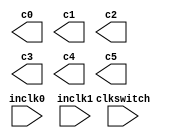
// megafunction wizard: %ALTPLL%VBB%
// GENERATION: STANDARD
// VERSION: WM1.0
// MODULE: altpll 

// ============================================================
// Megafunction Name(s):
// 			altpll
//
// Simulation Library Files(s):
// 			altera_mf
// ============================================================
// ************************************************************
// THIS IS A WIZARD-GENERATED FILE. DO NOT EDIT THIS FILE!
//
// 11.1 Build 259 01/25/2012 SP 2.11 SJ Full Version
// ************************************************************

//Copyright (C) 1991-2011 Altera Corporation
//Your use of Altera Corporation's design tools, logic functions 
//and other software and tools, and its AMPP partner logic 
//functions, and any output files from any of the foregoing 
//(including device programming or simulation files), and any 
//associated documentation or information are expressly subject 
//to the terms and conditions of the Altera Program License 
//Subscription Agreement, Altera MegaCore Function License 
//Agreement, or other applicable license agreement, including, 
//without limitation, that your use is for the sole purpose of 
//programming logic devices manufactured by Altera and sold by 
//Altera or its authorized distributors.  Please refer to the 
//applicable agreement for further details.

module GlobalPll (
	clkswitch,
	inclk0,
	inclk1,
	c0,
	c1,
	c2,
	c3,
	c4,
	c5);

	input	  clkswitch;
	input	  inclk0;
	input	  inclk1;
	output	  c0;
	output	  c1;
	output	  c2;
	output	  c3;
	output	  c4;
	output	  c5;
`ifndef ALTERA_RESERVED_QIS
// synopsys translate_off
`endif
	tri0	  clkswitch;
`ifndef ALTERA_RESERVED_QIS
// synopsys translate_on
`endif

endmodule

// ============================================================
// CNX file retrieval info
// ============================================================
// Retrieval info: PRIVATE: ACTIVECLK_CHECK STRING "0"
// Retrieval info: PRIVATE: BANDWIDTH STRING "1.000"
// Retrieval info: PRIVATE: BANDWIDTH_FEATURE_ENABLED STRING "1"
// Retrieval info: PRIVATE: BANDWIDTH_FREQ_UNIT STRING "MHz"
// Retrieval info: PRIVATE: BANDWIDTH_PRESET STRING "High"
// Retrieval info: PRIVATE: BANDWIDTH_USE_AUTO STRING "0"
// Retrieval info: PRIVATE: BANDWIDTH_USE_CUSTOM STRING "0"
// Retrieval info: PRIVATE: BANDWIDTH_USE_PRESET STRING "1"
// Retrieval info: PRIVATE: CLKBAD_SWITCHOVER_CHECK STRING "0"
// Retrieval info: PRIVATE: CLKLOSS_CHECK STRING "0"
// Retrieval info: PRIVATE: CLKSWITCH_CHECK STRING "0"
// Retrieval info: PRIVATE: CNX_NO_COMPENSATE_RADIO STRING "0"
// Retrieval info: PRIVATE: CREATE_CLKBAD_CHECK STRING "0"
// Retrieval info: PRIVATE: CREATE_INCLK1_CHECK STRING "1"
// Retrieval info: PRIVATE: CUR_DEDICATED_CLK STRING "c0"
// Retrieval info: PRIVATE: CUR_FBIN_CLK STRING "c0"
// Retrieval info: PRIVATE: DEVICE_SPEED_GRADE STRING "6"
// Retrieval info: PRIVATE: DIV_FACTOR0 NUMERIC "1"
// Retrieval info: PRIVATE: DIV_FACTOR1 NUMERIC "1"
// Retrieval info: PRIVATE: DIV_FACTOR2 NUMERIC "1"
// Retrieval info: PRIVATE: DIV_FACTOR3 NUMERIC "1"
// Retrieval info: PRIVATE: DIV_FACTOR4 NUMERIC "1"
// Retrieval info: PRIVATE: DIV_FACTOR5 NUMERIC "1"
// Retrieval info: PRIVATE: DUTY_CYCLE0 STRING "50.00000000"
// Retrieval info: PRIVATE: DUTY_CYCLE1 STRING "50.00000000"
// Retrieval info: PRIVATE: DUTY_CYCLE2 STRING "50.00000000"
// Retrieval info: PRIVATE: DUTY_CYCLE3 STRING "50.00000000"
// Retrieval info: PRIVATE: DUTY_CYCLE4 STRING "50.00000000"
// Retrieval info: PRIVATE: DUTY_CYCLE5 STRING "50.00000000"
// Retrieval info: PRIVATE: EFF_OUTPUT_FREQ_VALUE0 STRING "60.000000"
// Retrieval info: PRIVATE: EFF_OUTPUT_FREQ_VALUE1 STRING "40.000000"
// Retrieval info: PRIVATE: EFF_OUTPUT_FREQ_VALUE2 STRING "40.000000"
// Retrieval info: PRIVATE: EFF_OUTPUT_FREQ_VALUE3 STRING "25.000000"
// Retrieval info: PRIVATE: EFF_OUTPUT_FREQ_VALUE4 STRING "10.000000"
// Retrieval info: PRIVATE: EFF_OUTPUT_FREQ_VALUE5 STRING "1.200000"
// Retrieval info: PRIVATE: EXPLICIT_SWITCHOVER_COUNTER STRING "0"
// Retrieval info: PRIVATE: EXT_FEEDBACK_RADIO STRING "0"
// Retrieval info: PRIVATE: GLOCKED_COUNTER_EDIT_CHANGED STRING "1"
// Retrieval info: PRIVATE: GLOCKED_FEATURE_ENABLED STRING "1"
// Retrieval info: PRIVATE: GLOCKED_MODE_CHECK STRING "0"
// Retrieval info: PRIVATE: GLOCK_COUNTER_EDIT NUMERIC "1048575"
// Retrieval info: PRIVATE: HAS_MANUAL_SWITCHOVER STRING "1"
// Retrieval info: PRIVATE: INCLK0_FREQ_EDIT STRING "40.000"
// Retrieval info: PRIVATE: INCLK0_FREQ_UNIT_COMBO STRING "MHz"
// Retrieval info: PRIVATE: INCLK1_FREQ_EDIT STRING "40.000"
// Retrieval info: PRIVATE: INCLK1_FREQ_EDIT_CHANGED STRING "1"
// Retrieval info: PRIVATE: INCLK1_FREQ_UNIT_CHANGED STRING "1"
// Retrieval info: PRIVATE: INCLK1_FREQ_UNIT_COMBO STRING "MHz"
// Retrieval info: PRIVATE: INTENDED_DEVICE_FAMILY STRING "Arria GX"
// Retrieval info: PRIVATE: INT_FEEDBACK__MODE_RADIO STRING "1"
// Retrieval info: PRIVATE: LOCKED_OUTPUT_CHECK STRING "0"
// Retrieval info: PRIVATE: LONG_SCAN_RADIO STRING "1"
// Retrieval info: PRIVATE: LVDS_MODE_DATA_RATE STRING "Not Available"
// Retrieval info: PRIVATE: LVDS_MODE_DATA_RATE_DIRTY NUMERIC "0"
// Retrieval info: PRIVATE: LVDS_PHASE_SHIFT_UNIT0 STRING "deg"
// Retrieval info: PRIVATE: LVDS_PHASE_SHIFT_UNIT1 STRING "deg"
// Retrieval info: PRIVATE: LVDS_PHASE_SHIFT_UNIT2 STRING "deg"
// Retrieval info: PRIVATE: LVDS_PHASE_SHIFT_UNIT3 STRING "deg"
// Retrieval info: PRIVATE: LVDS_PHASE_SHIFT_UNIT4 STRING "deg"
// Retrieval info: PRIVATE: LVDS_PHASE_SHIFT_UNIT5 STRING "deg"
// Retrieval info: PRIVATE: MIG_DEVICE_SPEED_GRADE STRING "Any"
// Retrieval info: PRIVATE: MULT_FACTOR0 NUMERIC "1"
// Retrieval info: PRIVATE: MULT_FACTOR1 NUMERIC "1"
// Retrieval info: PRIVATE: MULT_FACTOR2 NUMERIC "1"
// Retrieval info: PRIVATE: MULT_FACTOR3 NUMERIC "1"
// Retrieval info: PRIVATE: MULT_FACTOR4 NUMERIC "1"
// Retrieval info: PRIVATE: MULT_FACTOR5 NUMERIC "1"
// Retrieval info: PRIVATE: NORMAL_MODE_RADIO STRING "1"
// Retrieval info: PRIVATE: OUTPUT_FREQ0 STRING "60.00000000"
// Retrieval info: PRIVATE: OUTPUT_FREQ1 STRING "40.00000000"
// Retrieval info: PRIVATE: OUTPUT_FREQ2 STRING "40.00000000"
// Retrieval info: PRIVATE: OUTPUT_FREQ3 STRING "25.00000000"
// Retrieval info: PRIVATE: OUTPUT_FREQ4 STRING "10.00000000"
// Retrieval info: PRIVATE: OUTPUT_FREQ5 STRING "1.20000000"
// Retrieval info: PRIVATE: OUTPUT_FREQ_MODE0 STRING "1"
// Retrieval info: PRIVATE: OUTPUT_FREQ_MODE1 STRING "1"
// Retrieval info: PRIVATE: OUTPUT_FREQ_MODE2 STRING "1"
// Retrieval info: PRIVATE: OUTPUT_FREQ_MODE3 STRING "1"
// Retrieval info: PRIVATE: OUTPUT_FREQ_MODE4 STRING "1"
// Retrieval info: PRIVATE: OUTPUT_FREQ_MODE5 STRING "1"
// Retrieval info: PRIVATE: OUTPUT_FREQ_UNIT0 STRING "MHz"
// Retrieval info: PRIVATE: OUTPUT_FREQ_UNIT1 STRING "MHz"
// Retrieval info: PRIVATE: OUTPUT_FREQ_UNIT2 STRING "MHz"
// Retrieval info: PRIVATE: OUTPUT_FREQ_UNIT3 STRING "MHz"
// Retrieval info: PRIVATE: OUTPUT_FREQ_UNIT4 STRING "MHz"
// Retrieval info: PRIVATE: OUTPUT_FREQ_UNIT5 STRING "MHz"
// Retrieval info: PRIVATE: PHASE_RECONFIG_FEATURE_ENABLED STRING "0"
// Retrieval info: PRIVATE: PHASE_RECONFIG_INPUTS_CHECK STRING "0"
// Retrieval info: PRIVATE: PHASE_SHIFT0 STRING "0.00000000"
// Retrieval info: PRIVATE: PHASE_SHIFT1 STRING "0.00000000"
// Retrieval info: PRIVATE: PHASE_SHIFT2 STRING "0.00000000"
// Retrieval info: PRIVATE: PHASE_SHIFT3 STRING "0.00000000"
// Retrieval info: PRIVATE: PHASE_SHIFT4 STRING "0.00000000"
// Retrieval info: PRIVATE: PHASE_SHIFT5 STRING "0.00000000"
// Retrieval info: PRIVATE: PHASE_SHIFT_STEP_ENABLED_CHECK STRING "0"
// Retrieval info: PRIVATE: PHASE_SHIFT_UNIT0 STRING "deg"
// Retrieval info: PRIVATE: PHASE_SHIFT_UNIT1 STRING "deg"
// Retrieval info: PRIVATE: PHASE_SHIFT_UNIT2 STRING "deg"
// Retrieval info: PRIVATE: PHASE_SHIFT_UNIT3 STRING "deg"
// Retrieval info: PRIVATE: PHASE_SHIFT_UNIT4 STRING "deg"
// Retrieval info: PRIVATE: PHASE_SHIFT_UNIT5 STRING "deg"
// Retrieval info: PRIVATE: PLL_ADVANCED_PARAM_CHECK STRING "0"
// Retrieval info: PRIVATE: PLL_ARESET_CHECK STRING "0"
// Retrieval info: PRIVATE: PLL_AUTOPLL_CHECK NUMERIC "0"
// Retrieval info: PRIVATE: PLL_ENA_CHECK STRING "0"
// Retrieval info: PRIVATE: PLL_ENHPLL_CHECK NUMERIC "1"
// Retrieval info: PRIVATE: PLL_FASTPLL_CHECK NUMERIC "0"
// Retrieval info: PRIVATE: PLL_FBMIMIC_CHECK STRING "0"
// Retrieval info: PRIVATE: PLL_LVDS_PLL_CHECK NUMERIC "0"
// Retrieval info: PRIVATE: PLL_PFDENA_CHECK STRING "0"
// Retrieval info: PRIVATE: PLL_TARGET_HARCOPY_CHECK NUMERIC "0"
// Retrieval info: PRIVATE: PRIMARY_CLK_COMBO STRING "inclk0"
// Retrieval info: PRIVATE: RECONFIG_FILE STRING "GlobalPll.mif"
// Retrieval info: PRIVATE: SACN_INPUTS_CHECK STRING "0"
// Retrieval info: PRIVATE: SCAN_FEATURE_ENABLED STRING "1"
// Retrieval info: PRIVATE: SELF_RESET_LOCK_LOSS STRING "0"
// Retrieval info: PRIVATE: SHORT_SCAN_RADIO STRING "0"
// Retrieval info: PRIVATE: SPREAD_FEATURE_ENABLED STRING "1"
// Retrieval info: PRIVATE: SPREAD_FREQ STRING "50.000"
// Retrieval info: PRIVATE: SPREAD_FREQ_UNIT STRING "KHz"
// Retrieval info: PRIVATE: SPREAD_PERCENT STRING "0.500"
// Retrieval info: PRIVATE: SPREAD_USE STRING "0"
// Retrieval info: PRIVATE: SRC_SYNCH_COMP_RADIO STRING "0"
// Retrieval info: PRIVATE: STICKY_CLK0 STRING "1"
// Retrieval info: PRIVATE: STICKY_CLK1 STRING "1"
// Retrieval info: PRIVATE: STICKY_CLK2 STRING "1"
// Retrieval info: PRIVATE: STICKY_CLK3 STRING "1"
// Retrieval info: PRIVATE: STICKY_CLK4 STRING "1"
// Retrieval info: PRIVATE: STICKY_CLK5 STRING "1"
// Retrieval info: PRIVATE: SWITCHOVER_COUNT_EDIT NUMERIC "1"
// Retrieval info: PRIVATE: SWITCHOVER_FEATURE_ENABLED STRING "1"
// Retrieval info: PRIVATE: SYNTH_WRAPPER_GEN_POSTFIX STRING "0"
// Retrieval info: PRIVATE: USE_CLK0 STRING "1"
// Retrieval info: PRIVATE: USE_CLK1 STRING "1"
// Retrieval info: PRIVATE: USE_CLK2 STRING "1"
// Retrieval info: PRIVATE: USE_CLK3 STRING "1"
// Retrieval info: PRIVATE: USE_CLK4 STRING "1"
// Retrieval info: PRIVATE: USE_CLK5 STRING "1"
// Retrieval info: PRIVATE: USE_MIL_SPEED_GRADE NUMERIC "0"
// Retrieval info: PRIVATE: ZERO_DELAY_RADIO STRING "0"
// Retrieval info: LIBRARY: altera_mf altera_mf.altera_mf_components.all
// Retrieval info: CONSTANT: BANDWIDTH_TYPE STRING "HIGH"
// Retrieval info: CONSTANT: CLK0_DIVIDE_BY NUMERIC "2"
// Retrieval info: CONSTANT: CLK0_DUTY_CYCLE NUMERIC "50"
// Retrieval info: CONSTANT: CLK0_MULTIPLY_BY NUMERIC "3"
// Retrieval info: CONSTANT: CLK0_PHASE_SHIFT STRING "0"
// Retrieval info: CONSTANT: CLK1_DIVIDE_BY NUMERIC "1"
// Retrieval info: CONSTANT: CLK1_DUTY_CYCLE NUMERIC "50"
// Retrieval info: CONSTANT: CLK1_MULTIPLY_BY NUMERIC "1"
// Retrieval info: CONSTANT: CLK1_PHASE_SHIFT STRING "0"
// Retrieval info: CONSTANT: CLK2_DIVIDE_BY NUMERIC "1"
// Retrieval info: CONSTANT: CLK2_DUTY_CYCLE NUMERIC "50"
// Retrieval info: CONSTANT: CLK2_MULTIPLY_BY NUMERIC "1"
// Retrieval info: CONSTANT: CLK2_PHASE_SHIFT STRING "0"
// Retrieval info: CONSTANT: CLK3_DIVIDE_BY NUMERIC "8"
// Retrieval info: CONSTANT: CLK3_DUTY_CYCLE NUMERIC "50"
// Retrieval info: CONSTANT: CLK3_MULTIPLY_BY NUMERIC "5"
// Retrieval info: CONSTANT: CLK3_PHASE_SHIFT STRING "0"
// Retrieval info: CONSTANT: CLK4_DIVIDE_BY NUMERIC "4"
// Retrieval info: CONSTANT: CLK4_DUTY_CYCLE NUMERIC "50"
// Retrieval info: CONSTANT: CLK4_MULTIPLY_BY NUMERIC "1"
// Retrieval info: CONSTANT: CLK4_PHASE_SHIFT STRING "0"
// Retrieval info: CONSTANT: CLK5_DIVIDE_BY NUMERIC "100"
// Retrieval info: CONSTANT: CLK5_DUTY_CYCLE NUMERIC "50"
// Retrieval info: CONSTANT: CLK5_MULTIPLY_BY NUMERIC "3"
// Retrieval info: CONSTANT: CLK5_PHASE_SHIFT STRING "0"
// Retrieval info: CONSTANT: COMPENSATE_CLOCK STRING "CLK0"
// Retrieval info: CONSTANT: INCLK0_INPUT_FREQUENCY NUMERIC "25000"
// Retrieval info: CONSTANT: INCLK1_INPUT_FREQUENCY NUMERIC "25000"
// Retrieval info: CONSTANT: INTENDED_DEVICE_FAMILY STRING "Arria GX"
// Retrieval info: CONSTANT: LPM_TYPE STRING "altpll"
// Retrieval info: CONSTANT: OPERATION_MODE STRING "NORMAL"
// Retrieval info: CONSTANT: PLL_TYPE STRING "Enhanced"
// Retrieval info: CONSTANT: PORT_ACTIVECLOCK STRING "PORT_UNUSED"
// Retrieval info: CONSTANT: PORT_ARESET STRING "PORT_UNUSED"
// Retrieval info: CONSTANT: PORT_CLKBAD0 STRING "PORT_UNUSED"
// Retrieval info: CONSTANT: PORT_CLKBAD1 STRING "PORT_UNUSED"
// Retrieval info: CONSTANT: PORT_CLKLOSS STRING "PORT_UNUSED"
// Retrieval info: CONSTANT: PORT_CLKSWITCH STRING "PORT_USED"
// Retrieval info: CONSTANT: PORT_CONFIGUPDATE STRING "PORT_UNUSED"
// Retrieval info: CONSTANT: PORT_FBIN STRING "PORT_UNUSED"
// Retrieval info: CONSTANT: PORT_INCLK0 STRING "PORT_USED"
// Retrieval info: CONSTANT: PORT_INCLK1 STRING "PORT_USED"
// Retrieval info: CONSTANT: PORT_LOCKED STRING "PORT_UNUSED"
// Retrieval info: CONSTANT: PORT_PFDENA STRING "PORT_UNUSED"
// Retrieval info: CONSTANT: PORT_PHASECOUNTERSELECT STRING "PORT_UNUSED"
// Retrieval info: CONSTANT: PORT_PHASEDONE STRING "PORT_UNUSED"
// Retrieval info: CONSTANT: PORT_PHASESTEP STRING "PORT_UNUSED"
// Retrieval info: CONSTANT: PORT_PHASEUPDOWN STRING "PORT_UNUSED"
// Retrieval info: CONSTANT: PORT_PLLENA STRING "PORT_UNUSED"
// Retrieval info: CONSTANT: PORT_SCANACLR STRING "PORT_UNUSED"
// Retrieval info: CONSTANT: PORT_SCANCLK STRING "PORT_UNUSED"
// Retrieval info: CONSTANT: PORT_SCANCLKENA STRING "PORT_UNUSED"
// Retrieval info: CONSTANT: PORT_SCANDATA STRING "PORT_UNUSED"
// Retrieval info: CONSTANT: PORT_SCANDATAOUT STRING "PORT_UNUSED"
// Retrieval info: CONSTANT: PORT_SCANDONE STRING "PORT_UNUSED"
// Retrieval info: CONSTANT: PORT_SCANREAD STRING "PORT_UNUSED"
// Retrieval info: CONSTANT: PORT_SCANWRITE STRING "PORT_UNUSED"
// Retrieval info: CONSTANT: PORT_clk0 STRING "PORT_USED"
// Retrieval info: CONSTANT: PORT_clk1 STRING "PORT_USED"
// Retrieval info: CONSTANT: PORT_clk2 STRING "PORT_USED"
// Retrieval info: CONSTANT: PORT_clk3 STRING "PORT_USED"
// Retrieval info: CONSTANT: PORT_clk4 STRING "PORT_USED"
// Retrieval info: CONSTANT: PORT_clk5 STRING "PORT_USED"
// Retrieval info: CONSTANT: PORT_clkena0 STRING "PORT_UNUSED"
// Retrieval info: CONSTANT: PORT_clkena1 STRING "PORT_UNUSED"
// Retrieval info: CONSTANT: PORT_clkena2 STRING "PORT_UNUSED"
// Retrieval info: CONSTANT: PORT_clkena3 STRING "PORT_UNUSED"
// Retrieval info: CONSTANT: PORT_clkena4 STRING "PORT_UNUSED"
// Retrieval info: CONSTANT: PORT_clkena5 STRING "PORT_UNUSED"
// Retrieval info: CONSTANT: PORT_enable0 STRING "PORT_UNUSED"
// Retrieval info: CONSTANT: PORT_enable1 STRING "PORT_UNUSED"
// Retrieval info: CONSTANT: PORT_extclk0 STRING "PORT_UNUSED"
// Retrieval info: CONSTANT: PORT_extclk1 STRING "PORT_UNUSED"
// Retrieval info: CONSTANT: PORT_extclk2 STRING "PORT_UNUSED"
// Retrieval info: CONSTANT: PORT_extclk3 STRING "PORT_UNUSED"
// Retrieval info: CONSTANT: PORT_sclkout0 STRING "PORT_UNUSED"
// Retrieval info: CONSTANT: PORT_sclkout1 STRING "PORT_UNUSED"
// Retrieval info: CONSTANT: PRIMARY_CLOCK STRING "inclk0"
// Retrieval info: CONSTANT: SPREAD_FREQUENCY NUMERIC "0"
// Retrieval info: CONSTANT: SWITCH_OVER_TYPE STRING "MANUAL"
// Retrieval info: USED_PORT: @clk 0 0 6 0 OUTPUT_CLK_EXT VCC "@clk[5..0]"
// Retrieval info: USED_PORT: @extclk 0 0 4 0 OUTPUT_CLK_EXT VCC "@extclk[3..0]"
// Retrieval info: USED_PORT: c0 0 0 0 0 OUTPUT_CLK_EXT VCC "c0"
// Retrieval info: USED_PORT: c1 0 0 0 0 OUTPUT_CLK_EXT VCC "c1"
// Retrieval info: USED_PORT: c2 0 0 0 0 OUTPUT_CLK_EXT VCC "c2"
// Retrieval info: USED_PORT: c3 0 0 0 0 OUTPUT_CLK_EXT VCC "c3"
// Retrieval info: USED_PORT: c4 0 0 0 0 OUTPUT_CLK_EXT VCC "c4"
// Retrieval info: USED_PORT: c5 0 0 0 0 OUTPUT_CLK_EXT VCC "c5"
// Retrieval info: USED_PORT: clkswitch 0 0 0 0 INPUT GND "clkswitch"
// Retrieval info: USED_PORT: inclk0 0 0 0 0 INPUT_CLK_EXT GND "inclk0"
// Retrieval info: USED_PORT: inclk1 0 0 0 0 INPUT_CLK_EXT GND "inclk1"
// Retrieval info: CONNECT: @clkswitch 0 0 0 0 clkswitch 0 0 0 0
// Retrieval info: CONNECT: @inclk 0 0 1 0 inclk0 0 0 0 0
// Retrieval info: CONNECT: @inclk 0 0 1 1 inclk1 0 0 0 0
// Retrieval info: CONNECT: c0 0 0 0 0 @clk 0 0 1 0
// Retrieval info: CONNECT: c1 0 0 0 0 @clk 0 0 1 1
// Retrieval info: CONNECT: c2 0 0 0 0 @clk 0 0 1 2
// Retrieval info: CONNECT: c3 0 0 0 0 @clk 0 0 1 3
// Retrieval info: CONNECT: c4 0 0 0 0 @clk 0 0 1 4
// Retrieval info: CONNECT: c5 0 0 0 0 @clk 0 0 1 5
// Retrieval info: GEN_FILE: TYPE_NORMAL GlobalPll.v TRUE
// Retrieval info: GEN_FILE: TYPE_NORMAL GlobalPll.ppf TRUE
// Retrieval info: GEN_FILE: TYPE_NORMAL GlobalPll.inc FALSE
// Retrieval info: GEN_FILE: TYPE_NORMAL GlobalPll.cmp FALSE
// Retrieval info: GEN_FILE: TYPE_NORMAL GlobalPll.bsf FALSE
// Retrieval info: GEN_FILE: TYPE_NORMAL GlobalPll_inst.v FALSE
// Retrieval info: GEN_FILE: TYPE_NORMAL GlobalPll_bb.v TRUE
// Retrieval info: LIB_FILE: altera_mf
// Retrieval info: CBX_MODULE_PREFIX: ON